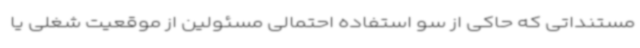
مستنداتی که حاکی از سو استفاده احتمالی مسئولین از موقعیت شغلی یا